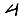
Digit: 4